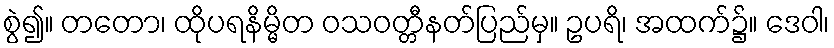
စွဲ၍။ တတော၊ ထိုပရနိမ္မိတ ဝသဝတ္တီနတ်ပြည်မှ။ ဥပရိ၊ အထက်၌။ ဒေဝါ၊